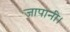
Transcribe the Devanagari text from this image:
जापानी।